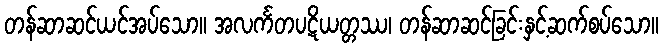
တန်ဆာဆင်ယင်အပ်သော။ အလင်္ကတပဋိယတ္တဿ၊ တန်ဆာဆင်ခြင်းနှင့်ဆက်စပ်သော။